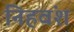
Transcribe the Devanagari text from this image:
निहवंश